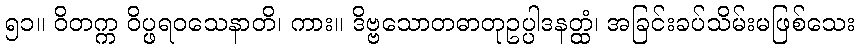
၅၁။ ဝိတက္က ဝိပ္ဖရဝသေနာတိ၊ ကား။ ဒိဗ္ဗသောတဓာတုဥပ္ပါဒနတ္ထံ၊ အခြင်းခပ်သိမ်းမဖြစ်သေး